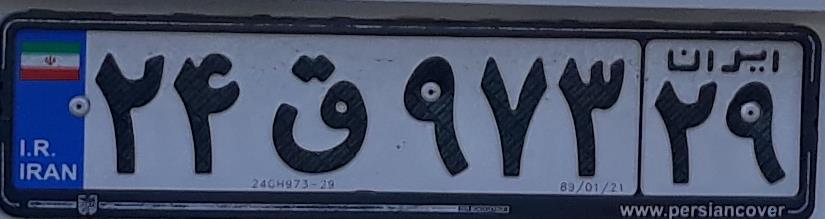
۲۴ق۹۷۳۲۹